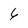
Character: 6